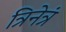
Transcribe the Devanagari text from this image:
त्रिनेत्रं